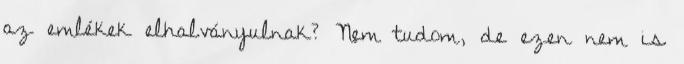
az emlékek elhalványulnak? Nem tudom, de ezen nem is